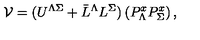
{ \cal V } = ( U ^ { \Lambda \Sigma } + \bar { L } ^ { \Lambda } L ^ { \Sigma } ) \left( P _ { \Lambda } ^ { x } P _ { \Sigma } ^ { x } \right) ,